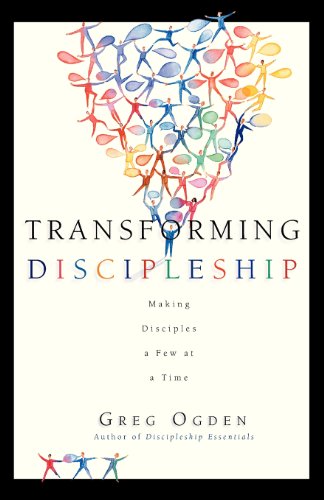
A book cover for Transforming Discipleship: Making Disciples a Few at a Time; Greg Ogden; Christian Books & Bibles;